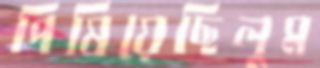
পিষিয়েছিলুম